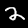
Digit: 2